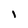
Character: I